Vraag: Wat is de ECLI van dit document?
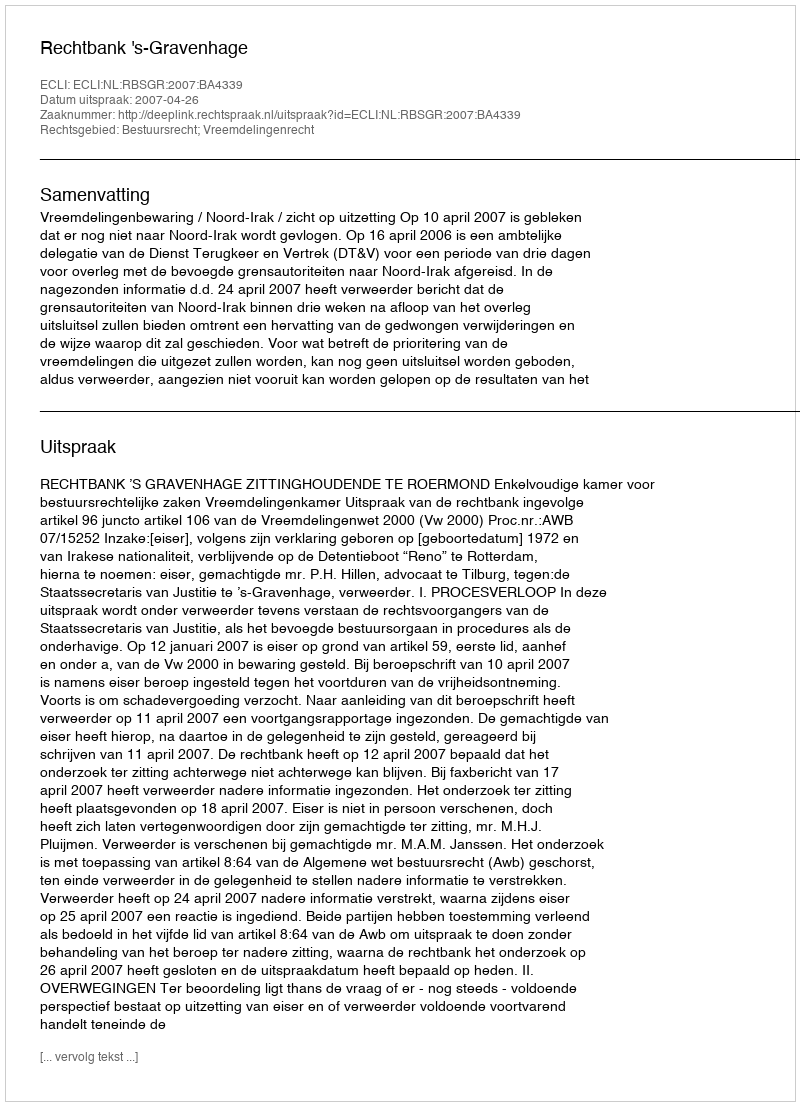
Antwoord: ECLI:NL:RBSGR:2007:BA4339